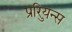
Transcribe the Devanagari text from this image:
प्रुरियन्स